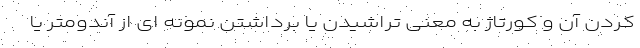
کردن آن و کورتاژ به معنی تراشیدن یا برداشتن نمونه ای از آندومتر یا